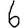
Digit: 6